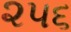
૨૫૬